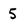
Character: 5